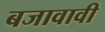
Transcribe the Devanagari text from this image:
बजावावी